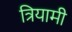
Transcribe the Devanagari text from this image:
त्रियामी